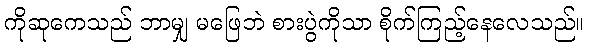
ကိုဆုကေသည် ဘာမျှ မဖြေဘဲ စားပွဲကိုသာ စိုက်ကြည့်နေလေသည်။